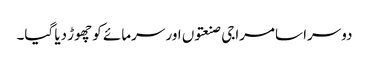
دوسرا سامراجی صنعتوں اور سرمائے کو چھوڑ دیا گیا۔